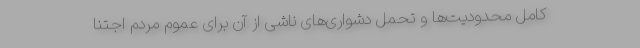
کامل محدودیت‌ها و تحمل دشواری‌های ناشی از آن برای عموم مردم اجتنا